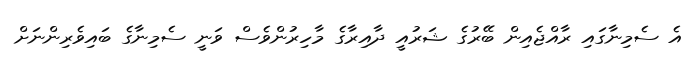
އެ ސެމިނާގައި ރާއްޖެއިން ބޭރުގެ ޝަރުއީ ދާއިރާގެ މާހިރުންވެސް ވަނީ ސެމިނާގެ ބައިވެރިންނަށް